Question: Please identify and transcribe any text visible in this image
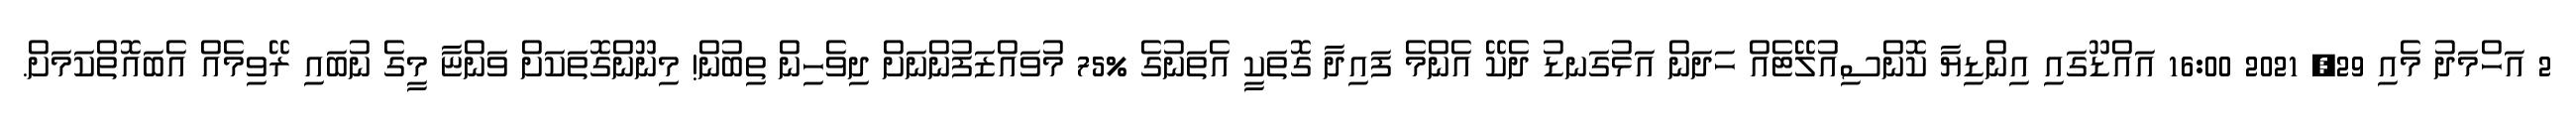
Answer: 2 އަހްމަދު މެއި 29, 2021 16:00 އައްޑޫގައި އިންޑިޔާ ކޮންސިއުލޭޓެއް ހަދަން އަޅުގަނޑު ދެކޭ އެންމެ ފައިދާ ގޮތަކީ އެތަނުގެ %75 މުވައްޒަފުންނަށް ދިވެހިން ތިބުން! މިނޫންގޮތަކަށް ވަންޏާ މީގެ ނުބައި ރޭވިމެއް އެބައޮތްކަމަށް.